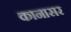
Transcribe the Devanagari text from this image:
कानासर